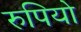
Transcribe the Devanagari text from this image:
रुपियो